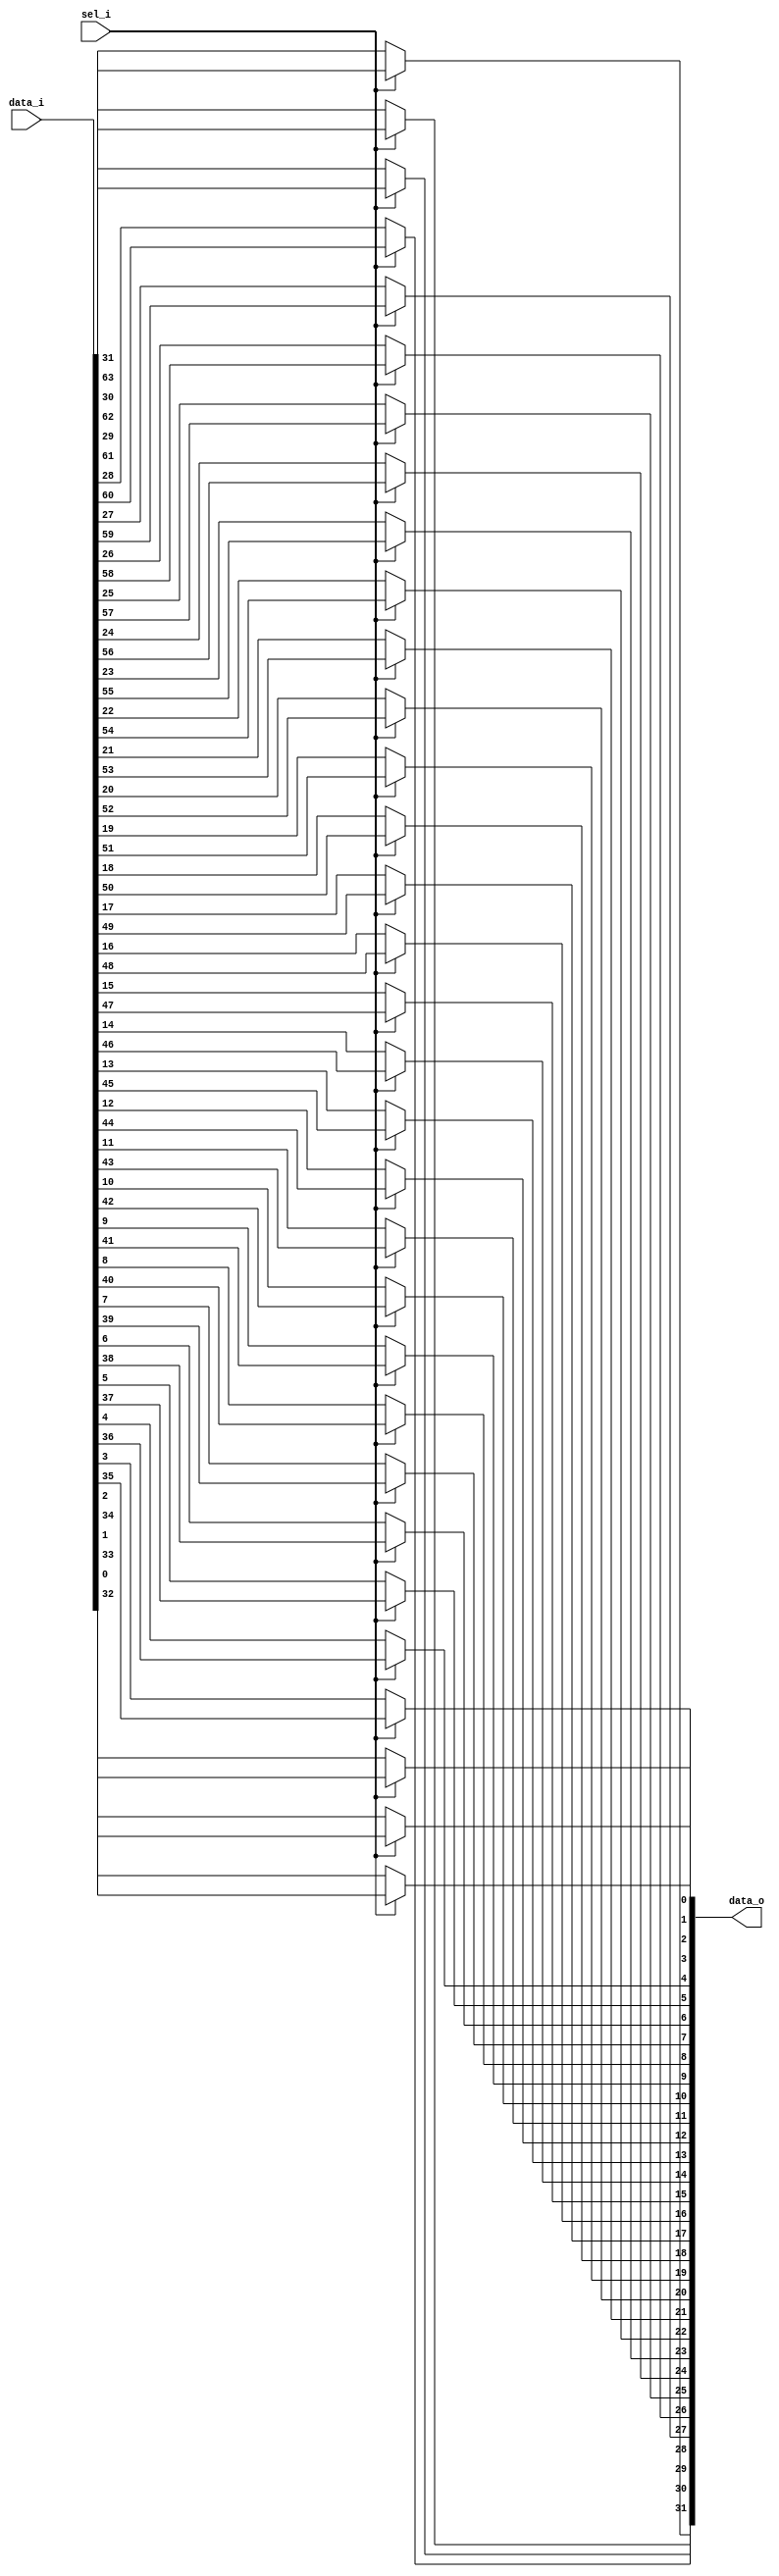
module bsg_mux_width_p32_els_p2
(
  data_i,
  sel_i,
  data_o
);

  input [63:0] data_i;
  input [0:0] sel_i;
  output [31:0] data_o;
  wire [31:0] data_o;
  wire N0,N1;
  assign data_o[31] = (N1)? data_i[31] : 
                      (N0)? data_i[63] : 1'b0;
  assign N0 = sel_i[0];
  assign data_o[30] = (N1)? data_i[30] : 
                      (N0)? data_i[62] : 1'b0;
  assign data_o[29] = (N1)? data_i[29] : 
                      (N0)? data_i[61] : 1'b0;
  assign data_o[28] = (N1)? data_i[28] : 
                      (N0)? data_i[60] : 1'b0;
  assign data_o[27] = (N1)? data_i[27] : 
                      (N0)? data_i[59] : 1'b0;
  assign data_o[26] = (N1)? data_i[26] : 
                      (N0)? data_i[58] : 1'b0;
  assign data_o[25] = (N1)? data_i[25] : 
                      (N0)? data_i[57] : 1'b0;
  assign data_o[24] = (N1)? data_i[24] : 
                      (N0)? data_i[56] : 1'b0;
  assign data_o[23] = (N1)? data_i[23] : 
                      (N0)? data_i[55] : 1'b0;
  assign data_o[22] = (N1)? data_i[22] : 
                      (N0)? data_i[54] : 1'b0;
  assign data_o[21] = (N1)? data_i[21] : 
                      (N0)? data_i[53] : 1'b0;
  assign data_o[20] = (N1)? data_i[20] : 
                      (N0)? data_i[52] : 1'b0;
  assign data_o[19] = (N1)? data_i[19] : 
                      (N0)? data_i[51] : 1'b0;
  assign data_o[18] = (N1)? data_i[18] : 
                      (N0)? data_i[50] : 1'b0;
  assign data_o[17] = (N1)? data_i[17] : 
                      (N0)? data_i[49] : 1'b0;
  assign data_o[16] = (N1)? data_i[16] : 
                      (N0)? data_i[48] : 1'b0;
  assign data_o[15] = (N1)? data_i[15] : 
                      (N0)? data_i[47] : 1'b0;
  assign data_o[14] = (N1)? data_i[14] : 
                      (N0)? data_i[46] : 1'b0;
  assign data_o[13] = (N1)? data_i[13] : 
                      (N0)? data_i[45] : 1'b0;
  assign data_o[12] = (N1)? data_i[12] : 
                      (N0)? data_i[44] : 1'b0;
  assign data_o[11] = (N1)? data_i[11] : 
                      (N0)? data_i[43] : 1'b0;
  assign data_o[10] = (N1)? data_i[10] : 
                      (N0)? data_i[42] : 1'b0;
  assign data_o[9] = (N1)? data_i[9] : 
                     (N0)? data_i[41] : 1'b0;
  assign data_o[8] = (N1)? data_i[8] : 
                     (N0)? data_i[40] : 1'b0;
  assign data_o[7] = (N1)? data_i[7] : 
                     (N0)? data_i[39] : 1'b0;
  assign data_o[6] = (N1)? data_i[6] : 
                     (N0)? data_i[38] : 1'b0;
  assign data_o[5] = (N1)? data_i[5] : 
                     (N0)? data_i[37] : 1'b0;
  assign data_o[4] = (N1)? data_i[4] : 
                     (N0)? data_i[36] : 1'b0;
  assign data_o[3] = (N1)? data_i[3] : 
                     (N0)? data_i[35] : 1'b0;
  assign data_o[2] = (N1)? data_i[2] : 
                     (N0)? data_i[34] : 1'b0;
  assign data_o[1] = (N1)? data_i[1] : 
                     (N0)? data_i[33] : 1'b0;
  assign data_o[0] = (N1)? data_i[0] : 
                     (N0)? data_i[32] : 1'b0;
  assign N1 = ~sel_i[0];

endmodule